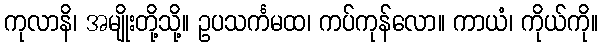
ကုလာနိ၊ အမျိုးတို့သို့။ ဥပသင်္ကမထ၊ ကပ်ကုန်လော။ ကာယံ၊ ကိုယ်ကို။